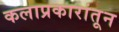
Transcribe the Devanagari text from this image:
कलाप्रकारांतून